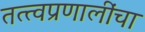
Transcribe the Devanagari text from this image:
तत्त्वप्रणालींचा